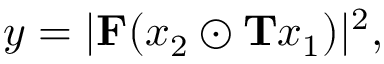
y = | \mathbf { F } ( x _ { 2 } \odot \mathbf { T } x _ { 1 } ) | ^ { 2 } ,